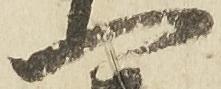
一